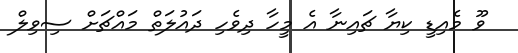
ވޫ މެއިޑީ ކިޔާ ޗައިނާ އެ މީހާ ދިވެހި ދައުލަތް މައްޗަށް ސިވިލް